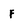
Character: f